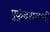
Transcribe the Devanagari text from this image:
मुकुंदरावानी